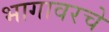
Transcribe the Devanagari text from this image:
भागावरचे